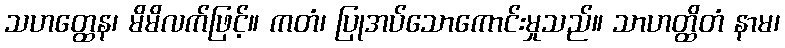
သဟတ္ထေန၊ မိမိလက်ဖြင့်။ ကတံ၊ ပြုအပ်သောကောင်းမှုသည်။ သာဟတ္ထိတံ နာမ၊